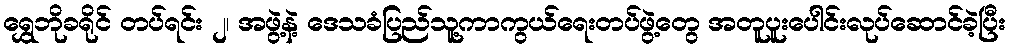
ရွှေဘိုခရိုင် တပ်ရင်း ၂၊ အဖွဲ့နဲ့ ဒေသခံပြည်သူ့ကာကွယ်ရေးတပ်ဖွဲ့တွေ အတူပူးပေါင်းလုပ်ဆောင်ခဲ့ပြီး